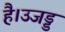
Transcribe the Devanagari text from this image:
है।उजड्ड